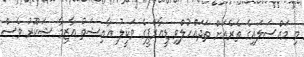
މި މައްސަލައިގެ ތެރެއަށް ތަދައްހުލްވި ޑީއާރްޕީގެ ވަކީލު އާއިޝަތު އާޒިމާ ޝަކޫރު ވެސް